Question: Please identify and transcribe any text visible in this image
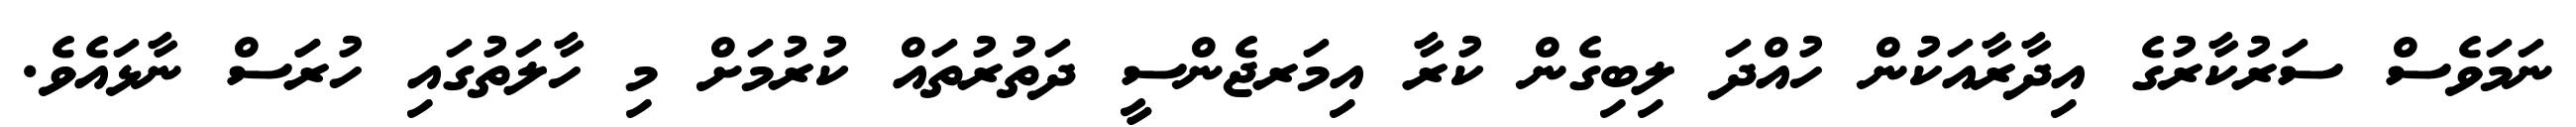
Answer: ނަމަވެސް ސަރުކާރުގެ އިދާރާއަކުން ހުއްދަ ލިބިގެން ކުރާ އިމަރޖެންސީ ދަތުރުތައް ކުރުމަށް މި ހާލަތުގައި ހުރަަސް ނާޅައެވެ.